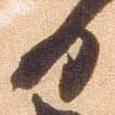
日